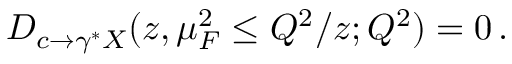
D _ { c \rightarrow \gamma ^ { * } X } ( z , \mu _ { F } ^ { 2 } \le Q ^ { 2 } / z ; Q ^ { 2 } ) = 0 \, .